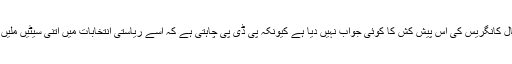
تاہم ذرائع کے مطابق پی ڈی پی نے تاحال کانگریس کی اس پیش کش کا کوئی جواب نہیں دیا ہے کیونکہ پی ڈی پی چاہتی ہے کہ اسے ریاستی انتخابات میں اتنی سیٹیں ملیں کہ وہ اپنے بل پر حکومت قائم کرسکے۔